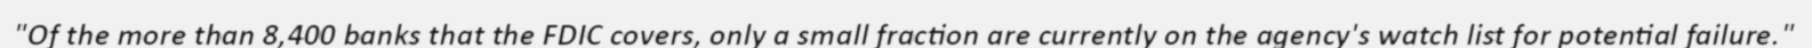
"Of the more than 8,400 banks that the FDIC covers, only a small fraction are currently on the agency's watch list for potential failure."